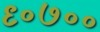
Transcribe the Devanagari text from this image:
९०७००